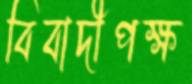
বিবাদীপক্ষ